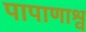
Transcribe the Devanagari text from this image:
पापाणाश्व